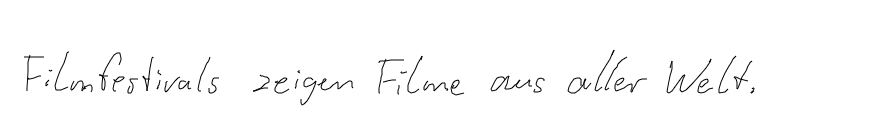
Filmfestivals zeigen Filme aus aller Welt.